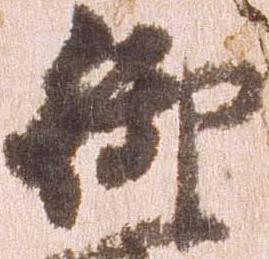
御